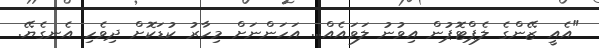
"އެއީ ޒޭންގެ ލެޕްޓޮޕުން އިވުނު ލަވައެއް... އަހަންނަށް މިހާރު ކުޑަކޮށް ދިވެހި އެނގެޔޭ.